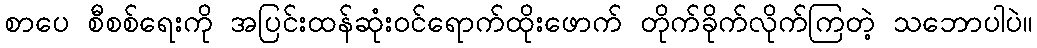
စာပေ စီစစ်ရေးကို အပြင်းထန်ဆုံးဝင်ရောက်ထိုးဖောက် တိုက်ခိုက်လိုက်ကြတဲ့ သဘောပါပဲ။